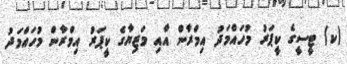
(ކ) ޓީސީގެ ކީޕަރު މުހައްމަދު އިމްރާން އާއި މަޒިޔާގެ ކީޕަރު އިމްރާން މުހައްމަދު